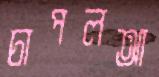
চাপলআ